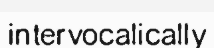
intervocalically